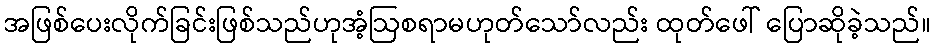
အဖြစ်ပေးလိုက်ခြင်းဖြစ်သည်ဟုအံ့ဩစရာမဟုတ်သော်လည်း ထုတ်ဖေါ် ပြောဆိုခဲ့သည်။